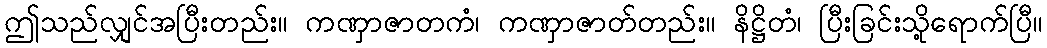
ဤသည်လျှင်အပြီးတည်း။ ကဏှာဇာတကံ၊ ကဏှာဇာတ်တည်း။ နိဋ္ဌိတံ၊ ပြီးခြင်းသို့ရောက်ပြီ။